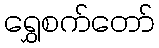
ရွှေစက်တော်